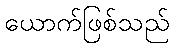
ယောက်ဖြစ်သည်